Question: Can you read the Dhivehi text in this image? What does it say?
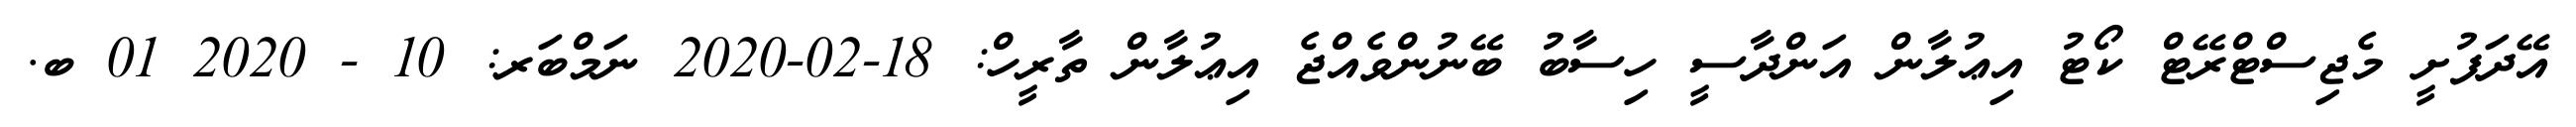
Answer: އޭދަފުށީ މެޖިސްޓްރޭޓް ކޯޓު އިޢުލާން އަންދާސީ ހިސާބު ބޭނުންވެއްޖެ އިޢުލާން ތާރީހް: 18-02-2020 ނަމްބަރ: 10 - 2020 01 ބ.